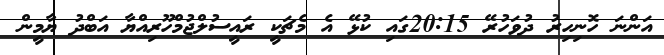
އަންނަ ހޮނިހިރު ދުވަހުރޭ 20:15ގައި ކުޅޭ އެ މެޗަކީ ރައީސުލްޖުމްހޫރިއްޔާ އަބްދު ޔާމީން